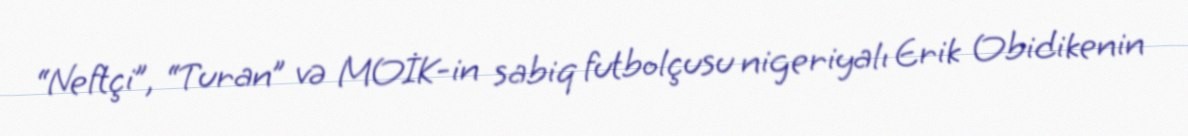
“Neftçi”, “Turan” və MOİK-in sabiq futbolçusu nigeriyalı Erik Obidikenin